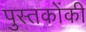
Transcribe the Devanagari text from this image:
पुस्‍तकोंकी